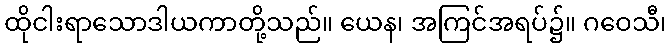
ထိုငါးရာသောဒါယကာတို့သည်။ ယေန၊ အကြင်အရပ်၌။ ဂဝေသီ၊